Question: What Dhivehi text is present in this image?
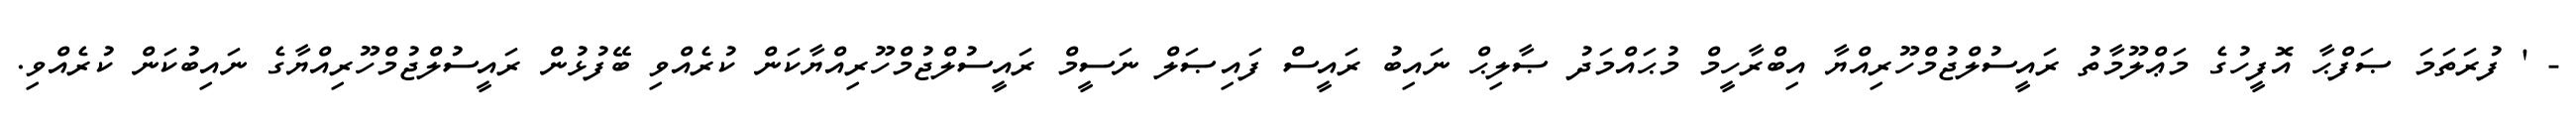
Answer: - ' ފުރަތަމަ ޞަފްޙާ އޮފީހުގެ މަޢްލޫމާތު ރައީސުލްޖުމްހޫރިއްޔާ އިބްރާހީމް މުޙައްމަދު ޞާލިޙް ނައިބު ރައީސް ފައިޞަލް ނަސީމް ރައީސުލްޖުމްހޫރިއްޔާކަން ކުރެއްވި ބޭފުޅުން ރައީސުލްޖުމްހޫރިއްޔާގެ ނައިބުކަން ކުރެއްވި.